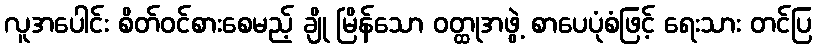
လူအပေါင်း စိတ်ဝင်စားစေမည့် ချို မြိန်သော ဝတ္ထုအဖွဲ့ စာပေပုံစံဖြင့် ရေးသား တင်ပြ